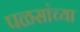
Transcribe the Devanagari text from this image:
पळसांच्या